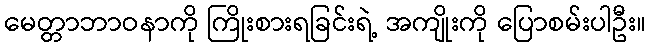
မေတ္တာဘာဝနာကို ကြိုးစားရခြင်းရဲ့ အကျိုးကို ပြောစမ်းပါဦး။